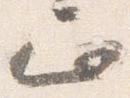
正